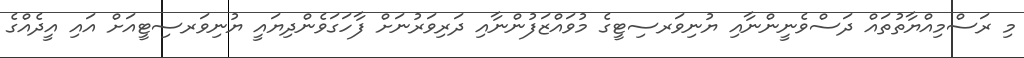
މި ރަސްމިއްޔާތުތައް ދަސްވެނީންނާއި ޔުނިވަރސިޓީގެ މުވައްޒަފުންނާއި ދަރިވަރުނަށް ފާހަގަވެންދިޔައީ ޔުނިވަރސިޓީއަށް އައި އީދެއްގެ